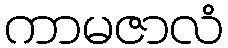
ကာမဇာလံ